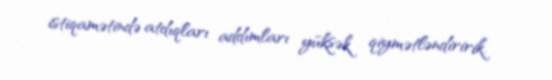
istiqamətində atdıqları addımları yüksək qiymətləndiririk.